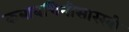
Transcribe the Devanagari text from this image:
कबाबचिनीसारखी